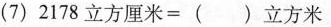
(7)$$2 1 7 8 立 方 厘 米 = ( ) 立 方 米$$